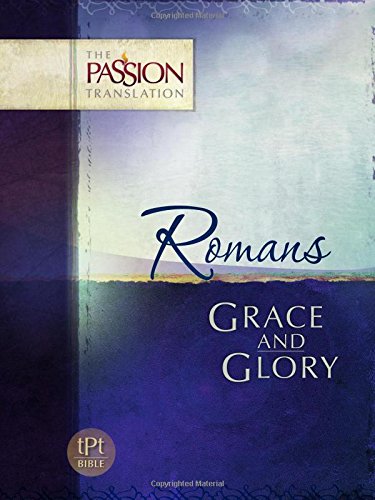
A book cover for Romans: Grace and Glory (The Passion Translation); Simmons  Brian; Religion & Spirituality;